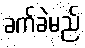
ခက်ခဲမည်